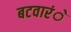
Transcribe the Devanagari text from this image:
बटवारंे